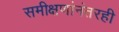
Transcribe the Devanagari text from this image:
समीक्षणांनंतरही